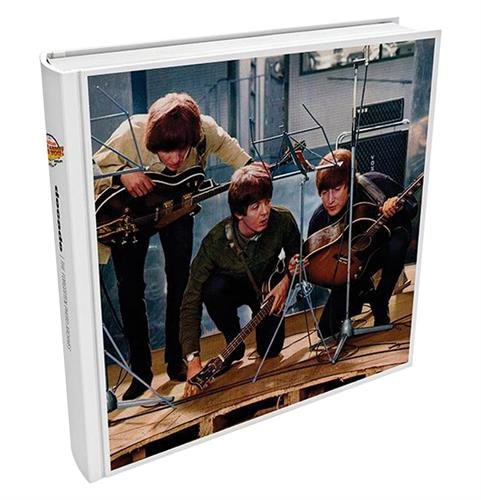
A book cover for Eight Arms to Hold You: 50 Years of Help! and the Beatles; Simon Wells; Arts & Photography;